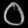
Digit: ၀